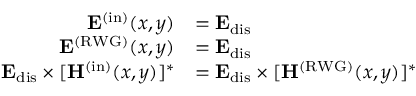
\begin{array} { r l } { \mathbf { E } ^ { ( \mathrm { i n } ) } ( x , y ) } & { = \mathbf { E } _ { \mathrm { d i s } } } \\ { \mathbf { E } ^ { \mathrm { ( R W G ) } } ( x , y ) } & { = \mathbf { E } _ { \mathrm { d i s } } } \\ { \mathbf { E } _ { \mathrm { d i s } } \times [ \mathbf { H } ^ { \mathrm { ( i n ) } } ( x , y ) ] ^ { * } } & { = \mathbf { E } _ { \mathrm { d i s } } \times [ \mathbf { H } ^ { \mathrm { ( R W G ) } } ( x , y ) ] ^ { * } } \end{array}